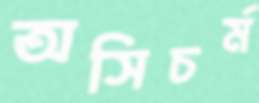
অসিচর্ম